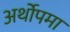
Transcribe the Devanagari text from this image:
अर्थोपमा